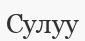
Сулуу